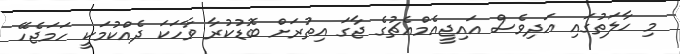
މި ހާލަތުގައި އަދިވެސް އައިޖީއެމްއެޗުގެ ޖާގަ އިތުރަށް ބޮޑުކުރާ ވާހަކަ ދެއްކުމަކީ ހަމަޖެހޭ